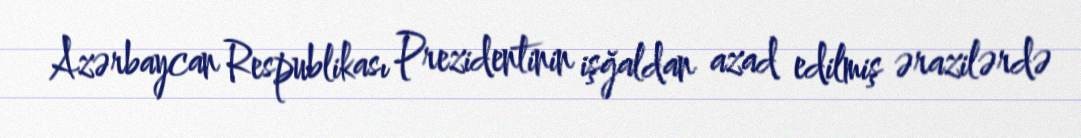
Azərbaycan Respublikası Prezidentinin işğaldan azad edilmiş ərazilərdə